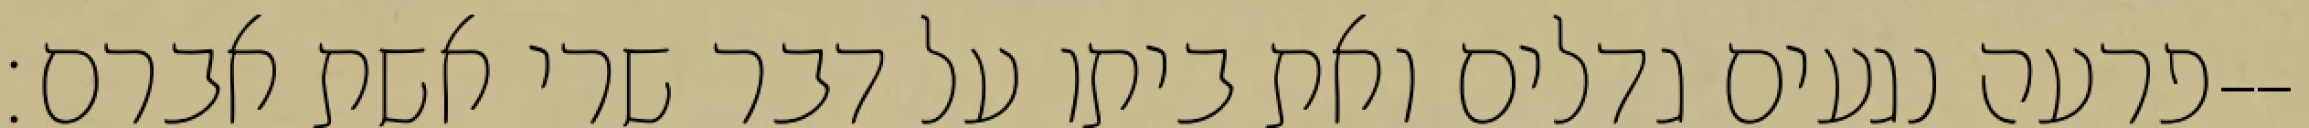
פרעה נגעים גדלים ואת ביתו על דבר שרי אשת אברם׃--